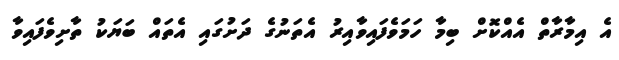
އެ އިމާރާތް އެއްކޮށް ބިމާ ހަމަވެފައިވާއިރު އެތަނުގެ ދަށުގައި އެތައް ބަޔަކު ތާށިވެފައިވާ